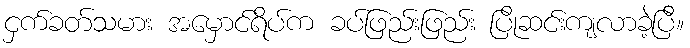
ငှက်ခတ်သမား အမှောင်ရိပ်က ခပ်ဖြည်းဖြည်း ပြိုဆင်းကျလာခဲ့ပြီ။